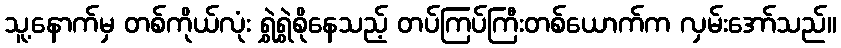
သူ့နောက်မှ တစ်ကိုယ်လုံး ရွှဲရွှဲစိုနေသည့် တပ်ကြပ်ကြီးတစ်ယောက်က လှမ်းအော်သည်။